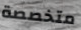
متخصصة